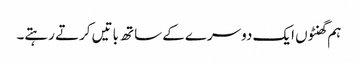
ہم گھنٹوں ایک دوسرے کے ساتھ باتیں کرتے رہتے۔